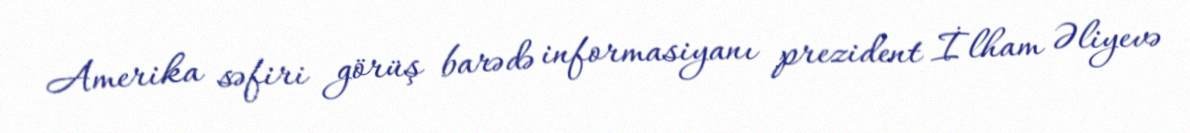
Amerika səfiri görüş barədə informasiyanı prezident İlham Əliyevə